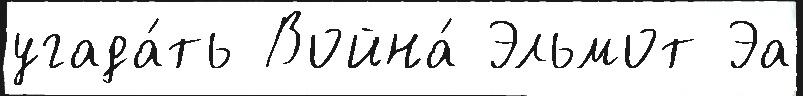
угада́ть Война́ Эльмот Эа